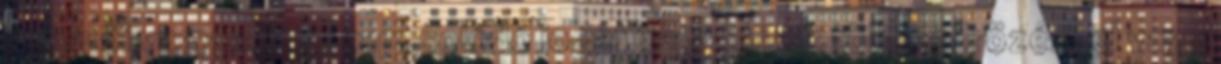
szerzői vagy ahhoz kapcsolódó jogát vagy jogait többszörözéssel vagy